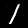
Label: 1